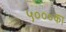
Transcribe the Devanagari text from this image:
५०००का